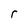
Character: r